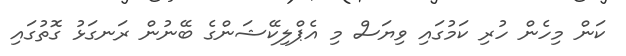
ކަން މިހެން ހުރި ކަމުގައި ވިޔަސް މި އެޕްލިކޭޝަންގެ ބޭނުން ރަނގަޅު ގޮތުގައި